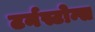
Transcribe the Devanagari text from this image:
टर्नस्टोन्स